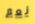
نعم